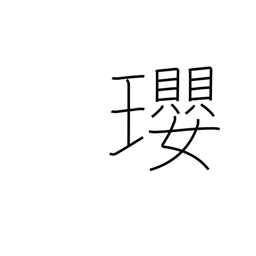
Meaning: jewelled necklace